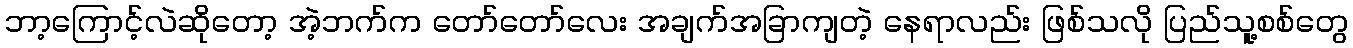
ဘာ့ကြောင့်လဲဆိုတော့ အဲ့ဘက်က တော်တော်လေး အချက်အခြာကျတဲ့ နေရာလည်း ဖြစ်သလို ပြည်သူ့စစ်တွေ